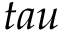
t a u